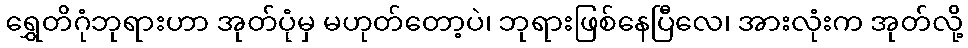
ရွှေတိဂုံဘုရားဟာ အုတ်ပုံမှ မဟုတ်တော့ပဲ၊ ဘုရားဖြစ်နေပြီလေ၊ အားလုံးက အုတ်လို့